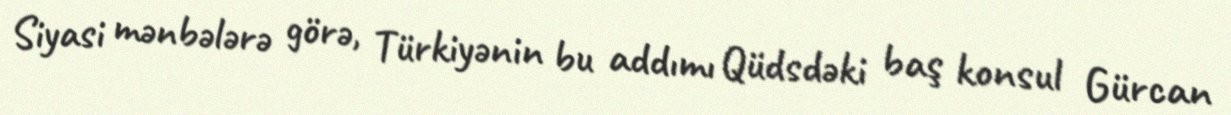
Siyasi mənbələrə görə, Türkiyənin bu addımı Qüdsdəki baş konsul Gürcan